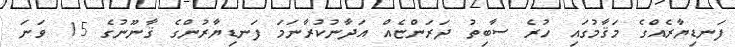
ފަނޑިޔާރެއްގެ މަޤާމުގައި ހުރެ ސާބިތު ދަރަންޏެއް އަދާނުކުރާނަމަ ފަނޑިޔާރުންގެ ޤާނޫނުގެ 15 ވަނަ